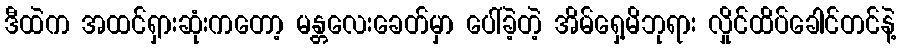
ဒီထဲက အထင်ရှားဆုံးကတော့ မန္တလေးခေတ်မှာ ပေါ်ခဲ့တဲ့ အိမ်ရှေ့မိဘုရား လှိုင်ထိပ်ခေါင်တင်နဲ့